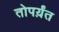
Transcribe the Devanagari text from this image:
तोपर्य़ंत